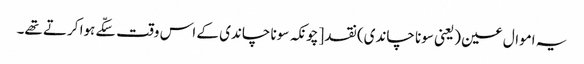
یہ اموال عین (یعنی سونا چاندی) نقد [چونکہ سونا چاندی کے اس وقت سکّے ہوا کرتے تھے۔